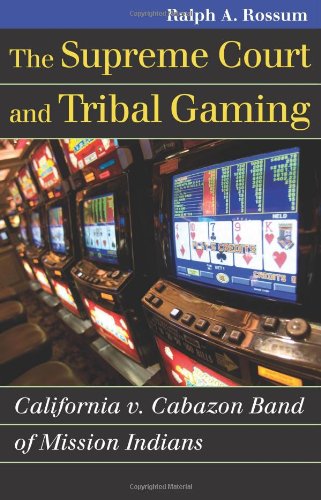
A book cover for The Supreme Court and Tribal Gaming: California v. Cabazon Band of Mission Indians (Landmark Law Cases and American Society); Ralph A. Rossum; Law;